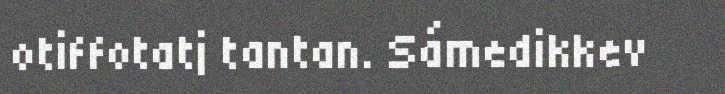
otiffotatj tantan. Sámedikkev